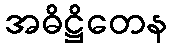
အဓိဋ္ဌိတေန